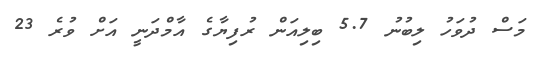
މަސް ދުވަހު ލިބުނު 5.7 ބިލިއަން ރުފިޔާގެ އާމްދަނީ އަށް ވުރެ 23